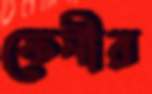
ফেনীর